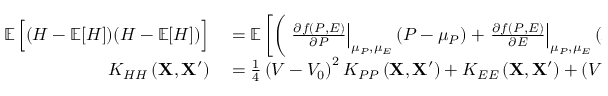
\begin{array} { r l } { \mathop { { } \mathbb { E } } \Big [ ( H - \mathop { { } \mathbb { E } } [ H ] ) ( H - \mathop { { } \mathbb { E } } [ H ] ) \Big ] } & { { } = \mathop { { } \mathbb { E } } \bigg [ \bigg ( \left. \frac { \partial f \left( P , E \right) } { \partial P } \right| _ { \mu _ { P } , \mu _ { E } } \left( P - \mu _ { P } \right) + \left. \frac { \partial f \left( P , E \right) } { \partial E } \right| _ { \mu _ { P } , \mu _ { E } } \left( E - \mu _ { E } \right) \bigg ) } \\ { K _ { H H } \left( \mathbf { X } , \mathbf { X } ^ { \prime } \right) } & { { } = \frac { 1 } { 4 } \left( V - V _ { 0 } \right) ^ { 2 } K _ { P P } \left( \mathbf { X } , \mathbf { X } ^ { \prime } \right) + K _ { E E } \left( \mathbf { X } , \mathbf { X } ^ { \prime } \right) + ( V - V _ { 0 } ) K _ { P E } \left( \mathbf { X } , \mathbf { X } ^ { \prime } \right) } \end{array}